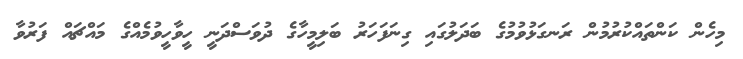
މިހެން ކަންތައްކުރުމުން ރަނގަޅުުވުމުގެ ބަދަލުގައި ގިނަފަހަރު ބަލިމީހާގެ ދުވަސްދަނީ ހީވާހީވުމެއްގެ މައްޗައް ފަރުވާ